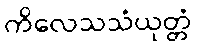
ကိလေသသံယုတ္တံ